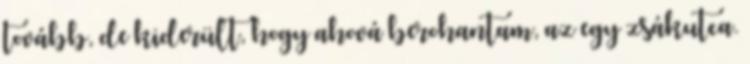
tovább, de kiderült, hogy ahová berohantam, az egy zsákutca.